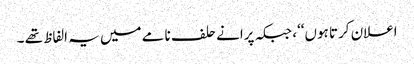
اعلان کرتا ہوں‘‘، جبکہ پرانے حلف نامے میں یہ الفاظ تھے ۔